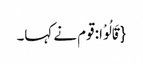
{قَالُوْا: قوم نے کہا۔